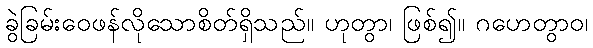
ခွဲခြမ်းဝေဖန်လိုသောစိတ်ရှိသည်။ ဟုတွာ၊ ဖြစ်၍။ ဂဟေတွာဝ၊